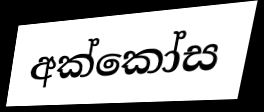
අක්කෝස